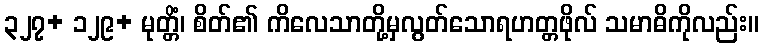
၃၂၇+ ၁၂၉+ မုတ္တိံ၊ စိတ်၏ ကိလေသာတို့မှလွတ်သောရဟတ္တဖိုလ် သမာဓိကိုလည်း။